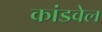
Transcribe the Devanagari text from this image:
कांडवेल